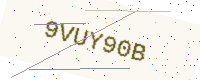
Text: 9VUY90B